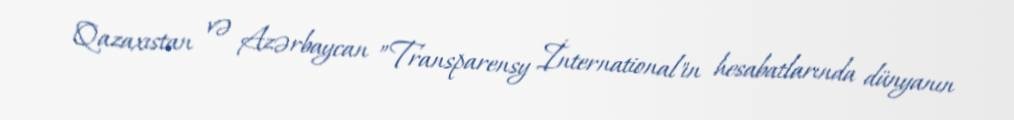
Qazaxıstan və Azərbaycan ”Transparensy İnternational"ın hesabatlarında dünyanın